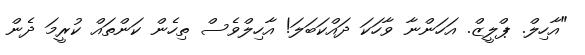
"އާހިލް. ޕްލީޒް. އަހަންނާ ވާހަކަ ދައްކަބަލަ! އާހިލްވެސް ތިހެން ކަންތައް ކުރީމަ ދެން